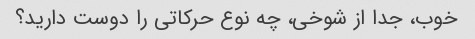
خوب، جدا از شوخی، چه نوع حرکاتی را دوست دارید؟